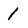
Character: l